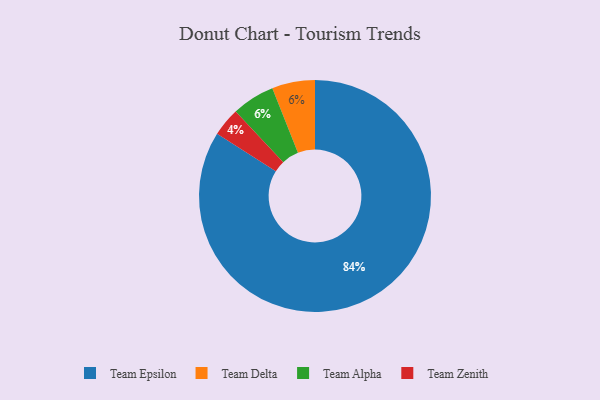
{"axis": {"x": "Category", "y": "Percentage"}, "legend": ["Team Alpha", "Team Delta", "Team Epsilon", "Team Zenith"], "data": [{"x": "Team Delta", "y": 6, "type": "Team Delta"}, {"x": "Team Epsilon", "y": 84, "type": "Team Epsilon"}, {"x": "Team Alpha", "y": 6, "type": "Team Alpha"}, {"x": "Team Zenith", "y": 4, "type": "Team Zenith"}]}